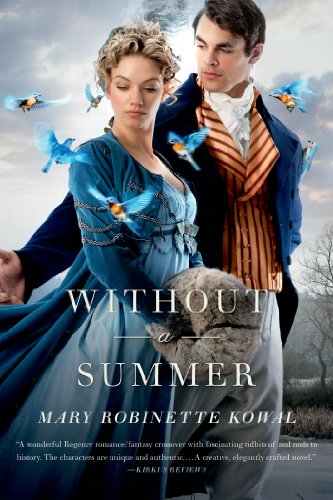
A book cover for Without a Summer (Glamourist Histories); Mary Robinette Kowal; Science Fiction & Fantasy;